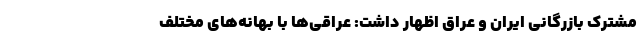
مشترک بازرگانی ایران و عراق اظهار داشت: عراقی‌ها با بهانه‌های مختلف